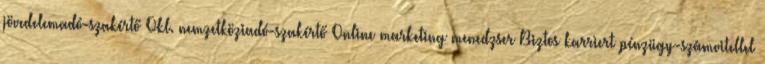
jövedelemadó-szakértő Okl. nemzetköziadó-szakértő Online marketing menedzser Biztos karriert pénzügy-számvitellel